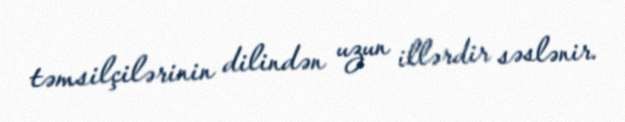
təmsilçilərinin dilindən uzun illərdir səslənir.